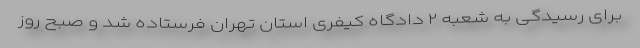
برای رسیدگی به شعبه ۲ دادگاه کیفری استان تهران فرستاده شد و صبح روز